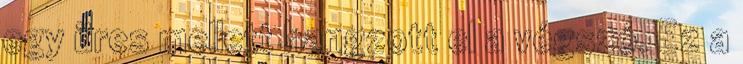
egy üres mellett hangzott el a végszó. Ez a